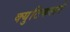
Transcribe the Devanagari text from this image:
क्युटिकलने